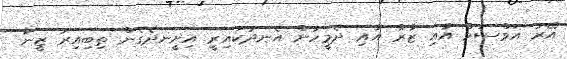
އޭރު އަވްސަމް އާއި ޒާރާ އާއި ދެމީހުން އެނދުކައިރީ އިށީނދެގެން ތިބިއިރު ޒީނާ